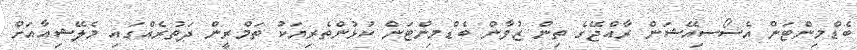
ބެޑްމިންޓަން އެސޯސިއޭޝަން ރާއްޖޭގެ ތިން ޒުވާން ބެޑްމިންޓަން ކުޅުންތެރިޔަކު ތަމްރީން ދަތުރެއްގައި މެލޭޝިއާއަށް